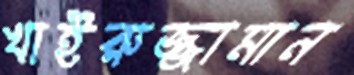
খাইরুজ্জামান